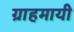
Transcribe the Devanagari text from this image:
ग्राहमायी